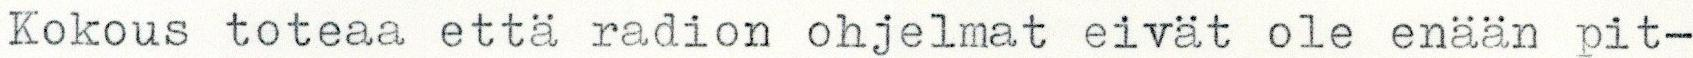
Kokous toteaa että radion ohjelmat eivät ole enään pit-